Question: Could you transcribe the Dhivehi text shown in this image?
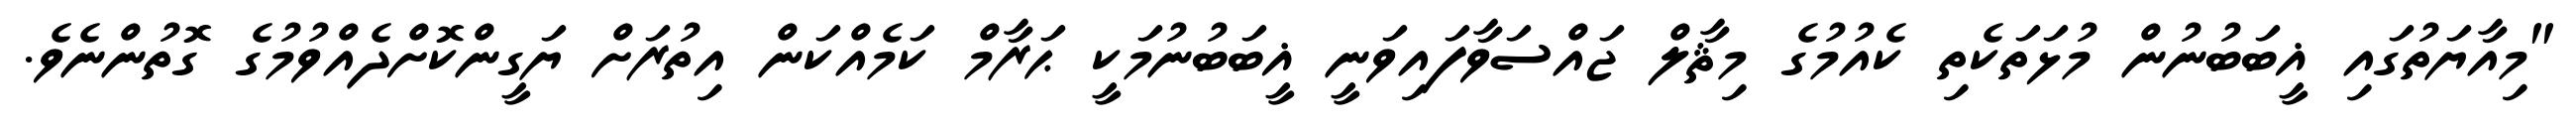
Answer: "މިއާޔަތުގައި ޣީބަބުނުން މުޅަތަކެތި ކެއުމުގެ މިޘާލް ޖައްސަވާފައިވަނީ ޣީބަބުނުމަކީ ޙަރާމް ކަމެއްކަން އިތުރަށް ޔަގީންކޮށްދެއްވުމުގެ ގޮތުންނެވެ.